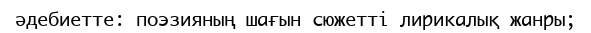
әдебиетте: поэзияның шағын сюжетті лирикалық жанры;